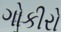
ગોકીરો